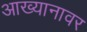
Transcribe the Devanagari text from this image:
आख्यानावर